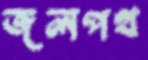
জলপথ